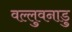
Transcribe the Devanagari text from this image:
वल्लुवनाडु